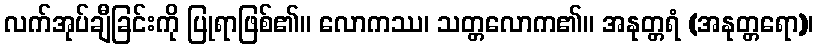
လက်အုပ်ချီခြင်းကို ပြုရာဖြစ်၏။ လောကဿ၊ သတ္တလောက၏။ အနုတ္တရံ (အနုတ္တရော)၊